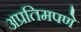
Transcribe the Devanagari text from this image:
अप्रतिमपणे